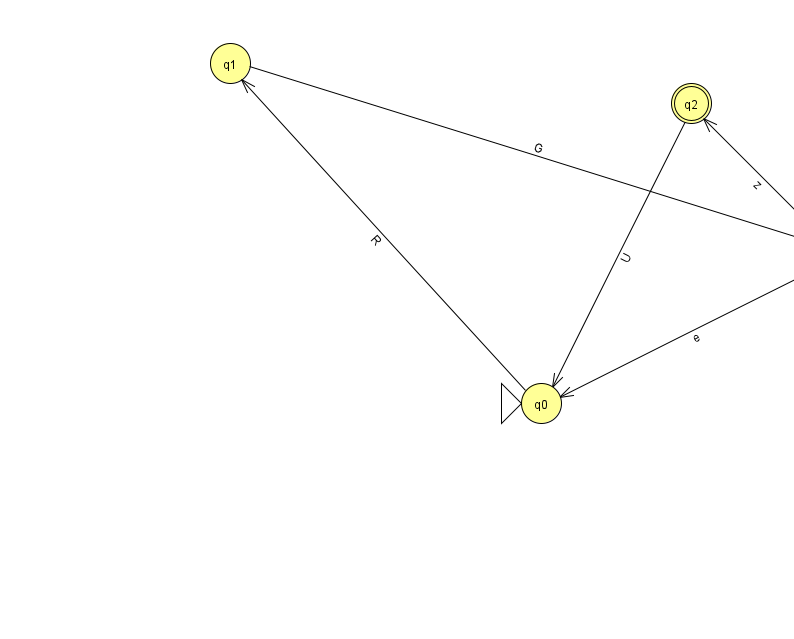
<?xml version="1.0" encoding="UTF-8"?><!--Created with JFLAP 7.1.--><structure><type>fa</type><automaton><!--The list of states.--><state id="0" name="q0"><x>541.0</x><y>390.0</y><initial/></state><state id="1" name="q1"><x>230.0</x><y>50.0</y></state><state id="2" name="q2"><x>691.0</x><y>90.0</y><final/></state><state id="3" name="q3"><x>841.0</x><y>240.0</y></state><!--The list of transitions.--><transition><from>3</from><to>0</to><read>e</read></transition><transition><from>3</from><to>2</to><read>z</read></transition><transition><from>0</from><to>1</to><read>R</read></transition><transition><from>1</from><to>3</to><read>G</read></transition><transition><from>2</from><to>0</to><read>U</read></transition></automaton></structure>